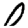
Digit: 0